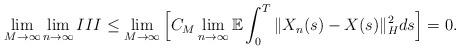
LaTeX: \begin{align*}\lim_{M\rightarrow\infty}\lim_{n\rightarrow\infty} III \leq \lim_{M\rightarrow\infty}\Big[ C_M \lim_{n\rightarrow\infty} \mathbb{E} \int_0^{T} \Vert X_n(s) - X(s) \Vert_H^2 ds \Big] = 0 .\end{align*}